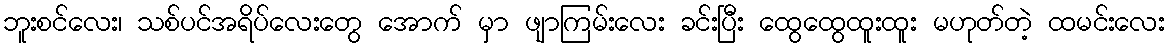
ဘူးစင်လေး၊ သစ်ပင်အရိပ်လေးတွေ အောက် မှာ ဖျာကြမ်းလေး ခင်းပြီး ထွေထွေထူးထူး မဟုတ်တဲ့ ထမင်းလေး